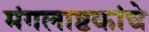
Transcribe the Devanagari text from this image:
मंगलाष्टकांचे